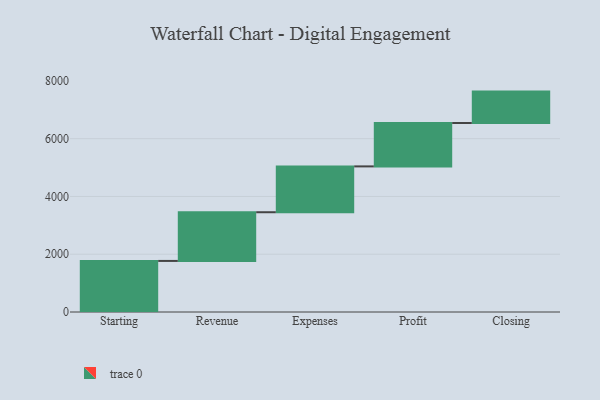
{"axis": {"x": "Step", "y": "Value"}, "legend": [""], "data": [{"x": "Starting", "y": 1768.0, "type": ""}, {"x": "Revenue", "y": 1686.0, "type": ""}, {"x": "Expenses", "y": 1587.0, "type": ""}, {"x": "Profit", "y": 1502.0, "type": ""}, {"x": "Closing", "y": 1087.0, "type": ""}]}